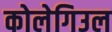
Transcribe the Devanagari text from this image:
कोलेगिउल